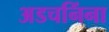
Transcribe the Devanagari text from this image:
अडचनिंना